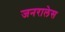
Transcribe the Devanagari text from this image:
जनरालेस